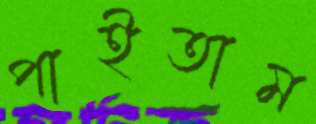
পাইতাম